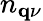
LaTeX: n_{\mathbf{q}\nu}